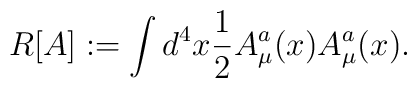
R[A] := \int d^4x {1 \over 2} A_\mu^a(x) A_\mu^a(x) .